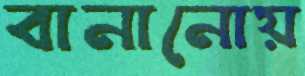
বানানোয়